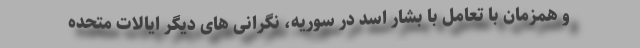
و همزمان با تعامل با بشار اسد در سوریه، نگرانی های دیگر ایالات متحده